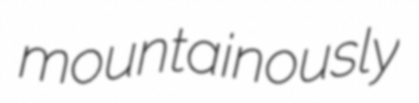
mountainously